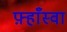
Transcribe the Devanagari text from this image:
फ़्हाँस्वा